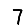
Digit: 7